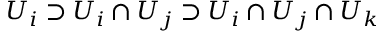
U _ { i } \supset U _ { i } \cap U _ { j } \supset U _ { i } \cap U _ { j } \cap U _ { k }